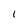
Character: 1